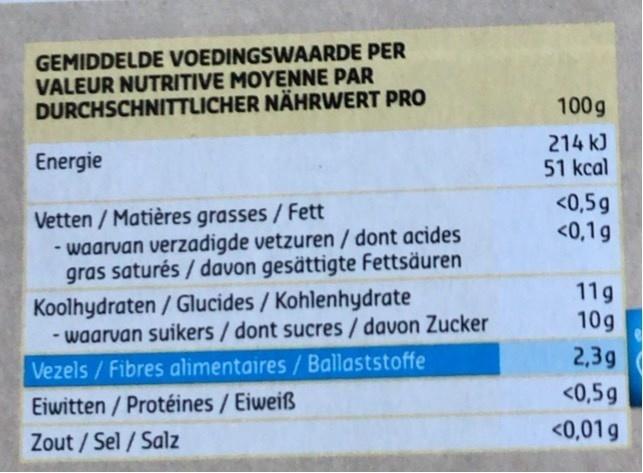
GEMIDDELDE VOEDINGSWAARDE PER VALEUR NUTRITIVE MOYENNE PAR DURCHSCHNITTLICHER NÄHRWERT PRO
100g
214 kJ 51 kcal
Energie
<0,5g <0,1g
Vetten / Matières grasses / Fett - waarvan verzadigde vetzuren / dont acides gras saturés / davon gesättigte Fettsäuren
11g 10g
Koolhydraten / Glucides / Kohlenhydrate - waarvan suikers / dont sucres/ davon Zucker Vezels / Fibres alimentaires/Ballaststoffe
2,39
<0,59
Eiwitten / Protéines / Eiweiß
<0,01g
Zout / Sel / Salz